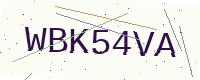
Text: WBK54VA